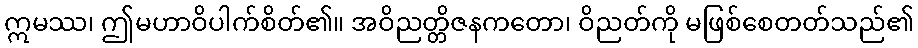
ဣမဿ၊ ဤမဟာဝိပါက်စိတ်၏။ အဝိညတ္တိဇနကတော၊ ဝိညတ်ကို မဖြစ်စေတတ်သည်၏